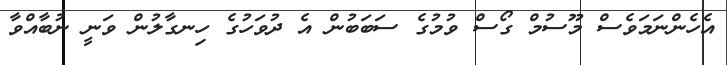
އެހެންނަމަވެސް މޫސުމް ގޯސް ވުމުގެ ސަބަބުން އެ ދުވަހުގެ ހިނގާލުން ވަނީ ނުބާއްވާ